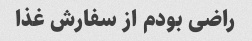
راضی بودم از سفارش غذا